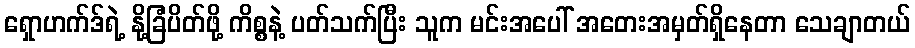
ရှောဟက်ဒ်ရဲ့ နို့ခြံပိတ်ဖို့ ကိစ္စနဲ့ ပတ်သက်ပြီး သူက မင်းအပေါ် အတေးအမှတ်ရှိနေတာ သေချာတယ်